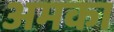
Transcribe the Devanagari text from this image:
अमका